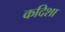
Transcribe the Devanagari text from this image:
कदिशा